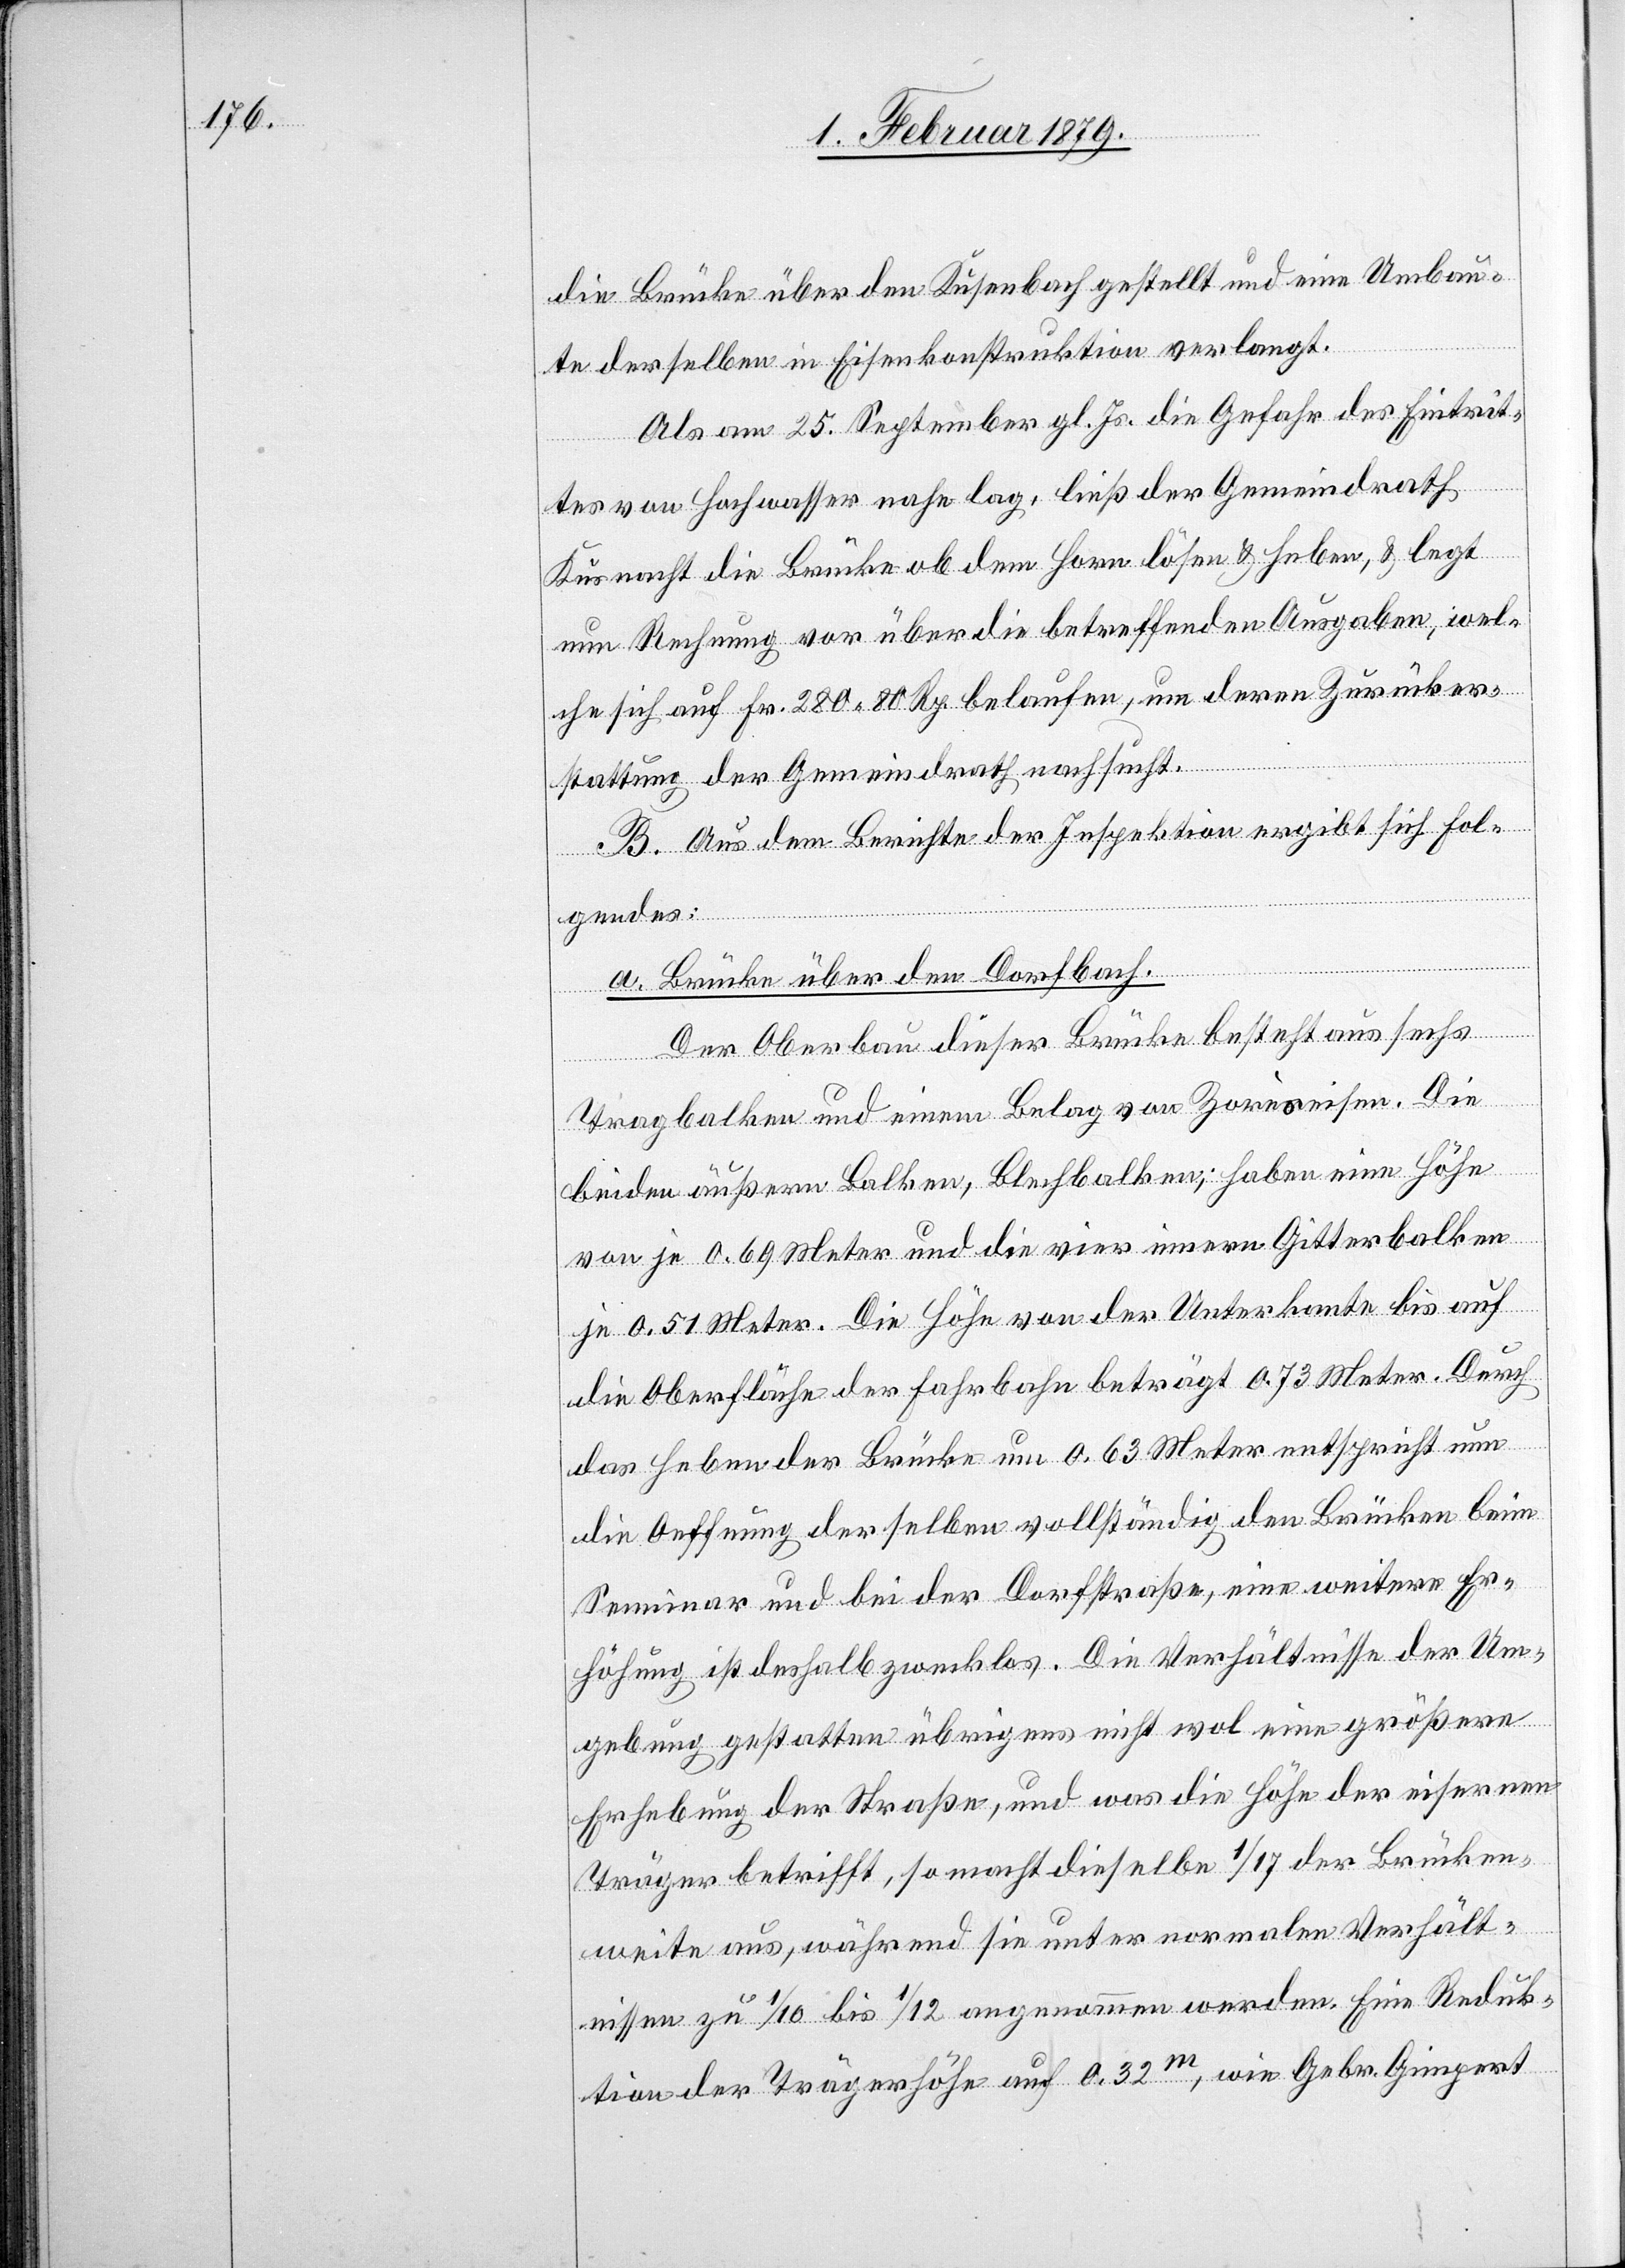
die Brücke über den Kusenbach gestellt und eine Umbau¬
te derselben in Eisenkonstruktion verlangt.
Als am 25. September gl. Js. die Gefahr des Eintrit¬
tes von Hochwasser nahe lag, ließ der Gemeindrath
Küsnacht die Brücke ob dem Horn lösen & heben, & legt
nun Rechnung vor über die betreffenden Ausgaben, wel¬
che sich auf Fr. 280 80 Rp. belaufen, um deren Zurücker¬
stattung der Gemeindrath nachsucht.
B. Aus dem Berichte der Inspektion ergibt sich Fol¬
gendes:
a. Brücke über den Dorfbach.
Der Oberbau dieser Brücke besteht aus sechs
Tragbalken und einem Belag von Zoreseisen. Die
beiden äußern Balken, Blechbalken, haben eine Höhe
von je 0.69 Meter und die vier innern Gitterbalken
je 0.51 Meter. Die Höhe von der Unterkante bis auf
die Oberfläche der Fahrbahn beträgt 0.73 Meter. Durch
das Heben der Brücke um 0.63 Meter entspricht nun
die Oeffnung derselben vollständig den Brücken beim
Seminar und bei der Dorfstraße, eine weitere Er¬
höhung ist deshalb zwecklos. Die Verhältnisse der Um¬
gebung gestatten übrigens nicht wol eine größere
Erhebung der Straße, und was die Höhe der eisernen
Träger betrifft, so macht dieselbe 1/17 der Brücken¬
weite aus, während sie unter normalen Verhält¬
nissen zu 1/10 bis 1/12 angenommen werden. Eine Reduk¬
tion der Trägerhöhe auf 0.32m, wie Gebr. Gimpert